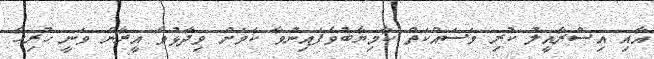
އާއި އިސްރާއީލު ކުރި މަސައްކަތް ކާމިޔާބުވެފައިނުވާ ކަމަށް ވިދާޅުވެ އީރާން ވަނީ ހުރިހާ